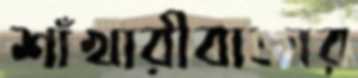
শাঁখারীবাজার